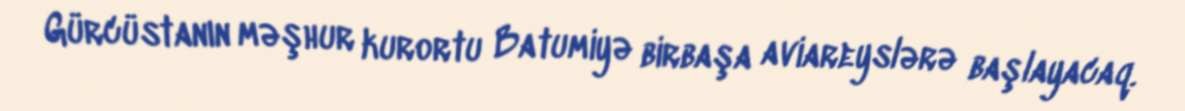
Gürcüstanın məşhur kurortu Batumiyə birbaşa aviareyslərə başlayacaq.